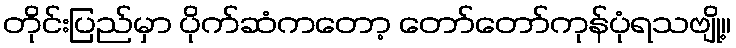
တိုင်းပြည်မှာ ပိုက်ဆံကတော့ တော်တော်ကုန်ပုံရသဗျို့။